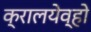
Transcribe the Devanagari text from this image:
क्रालयेव्हो